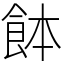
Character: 䬱